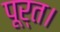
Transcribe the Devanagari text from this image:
पूर्त।